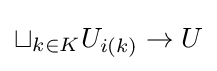
\sqcup _{k\in K}U_{i(k)}\to U